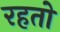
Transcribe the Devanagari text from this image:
रहतो